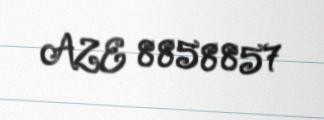
AZE 8858857